Indian journal of veterinary science and animal husbandry - Volumes 24-25, 1954-1955
Year: 1954
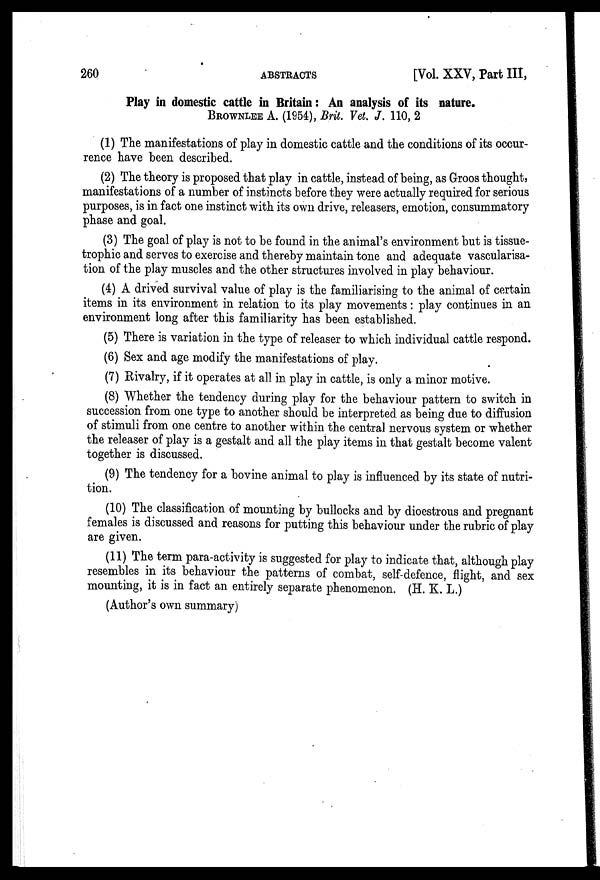
260
ABSTRACTS
[Vol. XXV, Part III,
Play in domestic cattle in Britain: An analysis of its nature.
BROWNLEE A. (1954), Brit. Vet. J. 110, 2
(1) The manifestations of play in domestic cattle and the conditions of its occur-
rence have been described.
(2) The theory is proposed that play in cattle, instead of being, as Groos thought,
manifestations of a number of instincts before they were actually required for serious
purposes, is in fact one instinct with its own drive, releasers, emotion, consummatory
phase and goal.
(3) The goal of play is not to be found in the animal's environment but is tissue-
trophic and serves to exercise and thereby maintain tone and adequate vascularisa-
tion of the play muscles and the other structures involved in play behaviour.
(4) A drived survival value of play is the familiarising to the animal of certain
items in its environment in relation to its play movements: play continues in an
environment long after this familiarity has been established.
(5) There is variation in the type of releaser to which individual cattle respond.
(6) Sex and age modify the manifestations of play.
(7) Rivalry, if it operates at all in play in cattle, is only a minor motive.
(8) Whether the tendency during play for the behaviour pattern to switch in
succession from one type to another should be interpreted as being due to diffusion
of stimuli from one centre to another within the central nervous system or whether
the releaser of play is a gestalt and all the play items in that gestalt become valent
together is discussed.
(9) The tendency for a bovine animal to play is influenced by its state of nutri-
tion.
(10) The classification of mounting by bullocks and by dioestrous and pregnant
females is discussed and reasons for putting this behaviour under the rubric of play
are given.
(11) The term para-activity is suggested for play to indicate that, although play
resembles in its behaviour the patterns of combat, self-defence, flight, and sex
mounting, it is in fact an entirely separate phenomenon. (H. K. L.)
(Author's own summary)